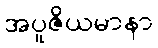
အပူဇိယမာနာ